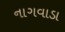
નાગવાડા